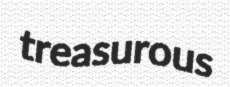
treasurous